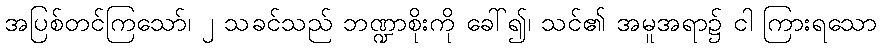
အပြစ်တင်ကြသော်၊ ၂ သခင်သည် ဘဏ္ဍာစိုးကို ခေါ်၍၊ သင်၏ အမူအရာ၌ ငါ ကြားရသော